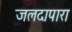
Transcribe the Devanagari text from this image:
जलदापारा